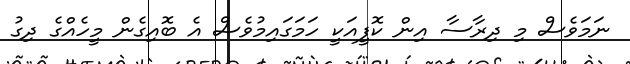
ނަމަވެސް މި ދިރާސާ އިން ކޮފީއަކީ ހަމަގައިމުވެސް އެ ބޮއިގެން މީހެއްގެ ދިގު